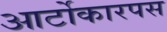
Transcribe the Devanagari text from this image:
आर्टोकारपस